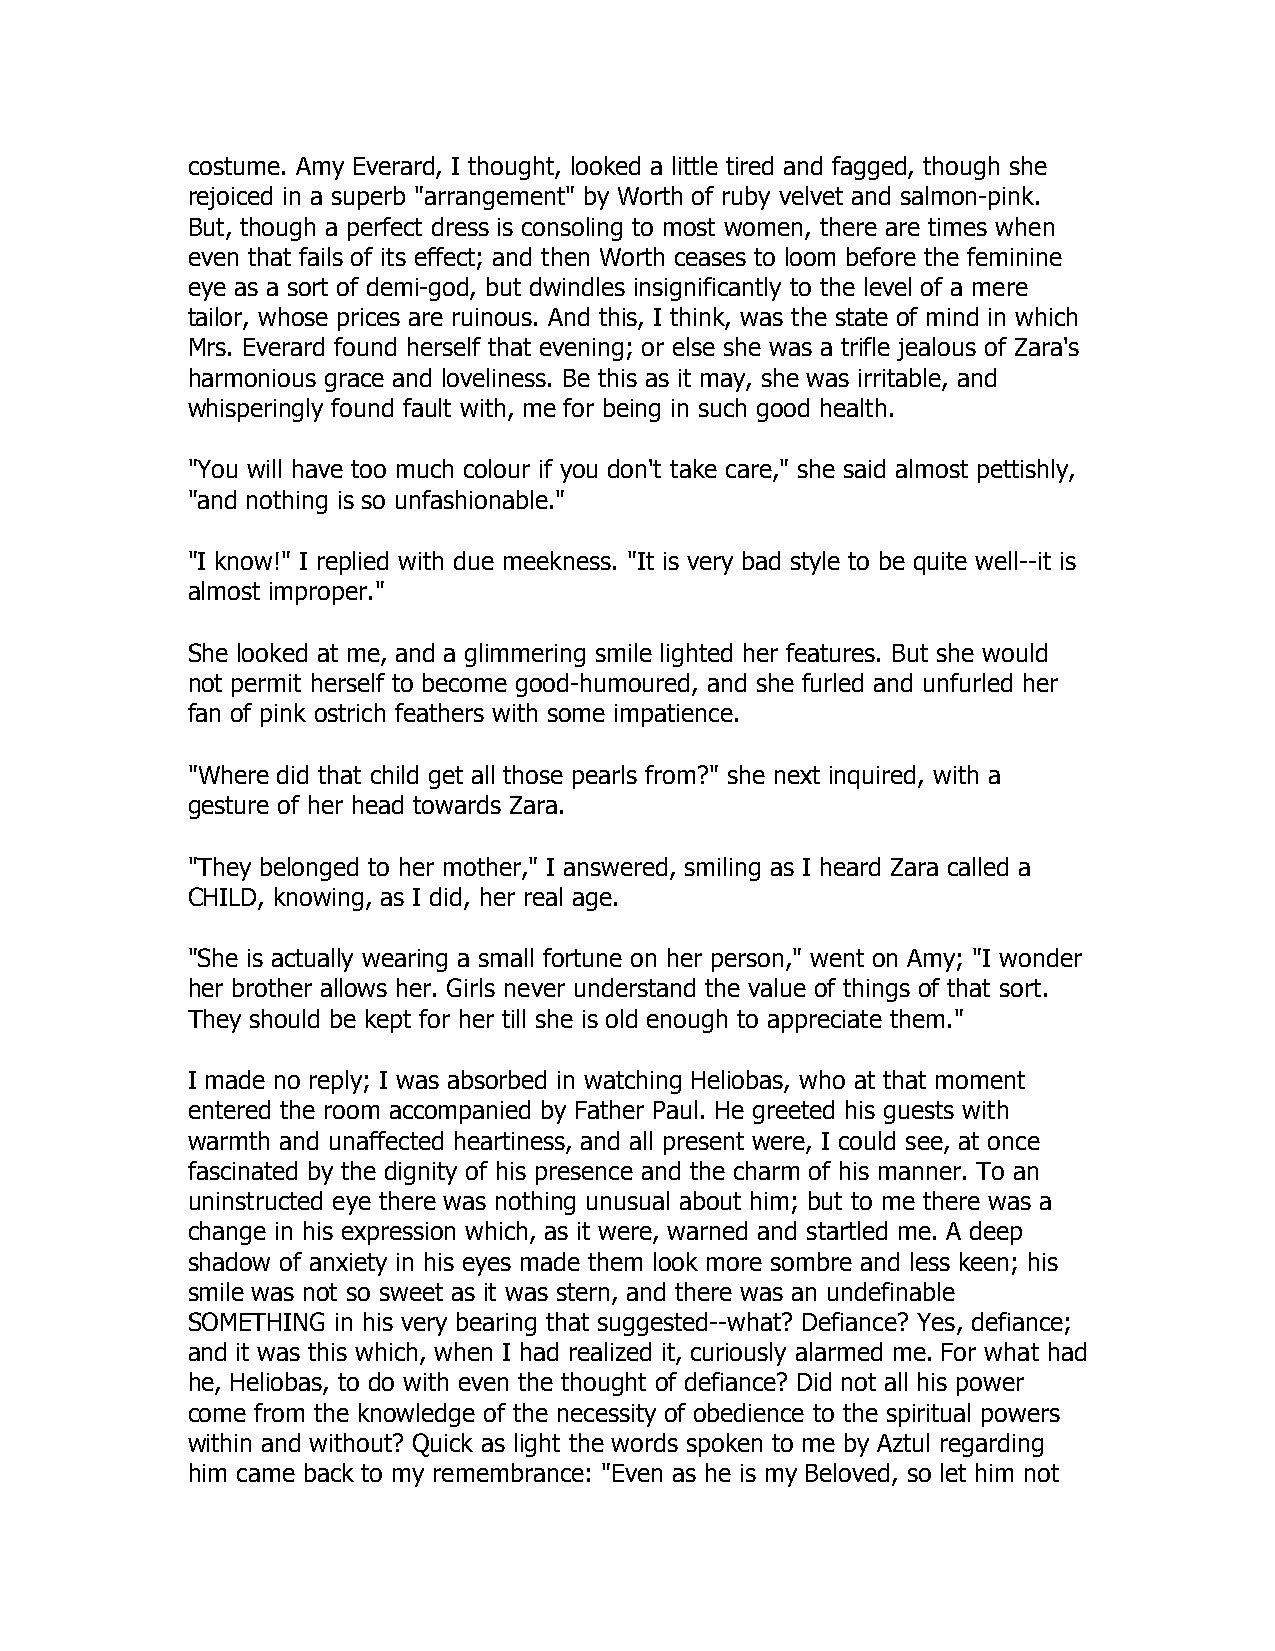
costume. Amy Everard, I thought, looked a little tired and fagged, though she
 rejoiced in a superb "arrangement" by Worth of ruby velvet and salmon-pink.
 But, though a perfect dress is consoling to most women, there are times when
 even that fails of its effect; and then Worth ceases to loom before the feminine
 eye as a sort of demi-god, but dwindles insignificantly to the level of a mere
 tailor, whose prices are ruinous. And this, I think, was the state of mind in which
 Mrs. Everard found herself that evening; or else she was a trifle jealous of Zara's
 harmonious grace and loveliness. Be this as it may, she was irritable, and
 whisperingly found fault with, me for being in such good health.
 "You will have too much colour if you don't take care," she said almost pettishly,
 "and nothing is so unfashionable."
 "I know!" I replied with due meekness. "It is very bad style to be quite well--it is
 almost improper."
 She looked at me, and a glimmering smile lighted her features. But she would
 not permit herself to become good-humoured, and she furled and unfurled her
 fan of pink ostrich feathers with some impatience.
 "Where did that child get all those pearls from?" she next inquired, with a
 gesture of her head towards Zara.
 "They belonged to her mother," I answered, smiling as I heard Zara called a
 CHILD, knowing, as I did, her real age.
 "She is actually wearing a small fortune on her person," went on Amy; "I wonder
 her brother allows her. Girls never understand the value of things of that sort.
 They should be kept for her till she is old enough to appreciate them."
 I made no reply; I was absorbed in watching Heliobas, who at that moment
 entered the room accompanied by Father Paul. He greeted his guests with
 warmth and unaffected heartiness, and all present were, I could see, at once
 fascinated by the dignity of his presence and the charm of his manner. To an
 uninstructed eye there was nothing unusual about him; but to me there was a
 change in his expression which, as it were, warned and startled me. A deep
 shadow of anxiety in his eyes made them look more sombre and less keen; his
 smile was not so sweet as it was stern, and there was an undefinable
 SOMETHING in his very bearing that suggested--what? Defiance? Yes, defiance;
 and it was this which, when I had realized it, curiously alarmed me. For what had
 he, Heliobas, to do with even the thought of defiance? Did not all his power
 come from the knowledge of the necessity of obedience to the spiritual powers
 within and without? Quick as light the words spoken to me by Aztul regarding
 him came back to my remembrance: "Even as he is my Beloved, so let him not